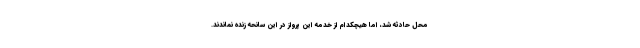
محل حادثه شد، اما هیچکدام از خدمه این پرواز در این سانحه زنده نماندند.